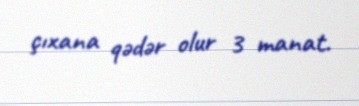
çıxana qədər olur 3 manat.